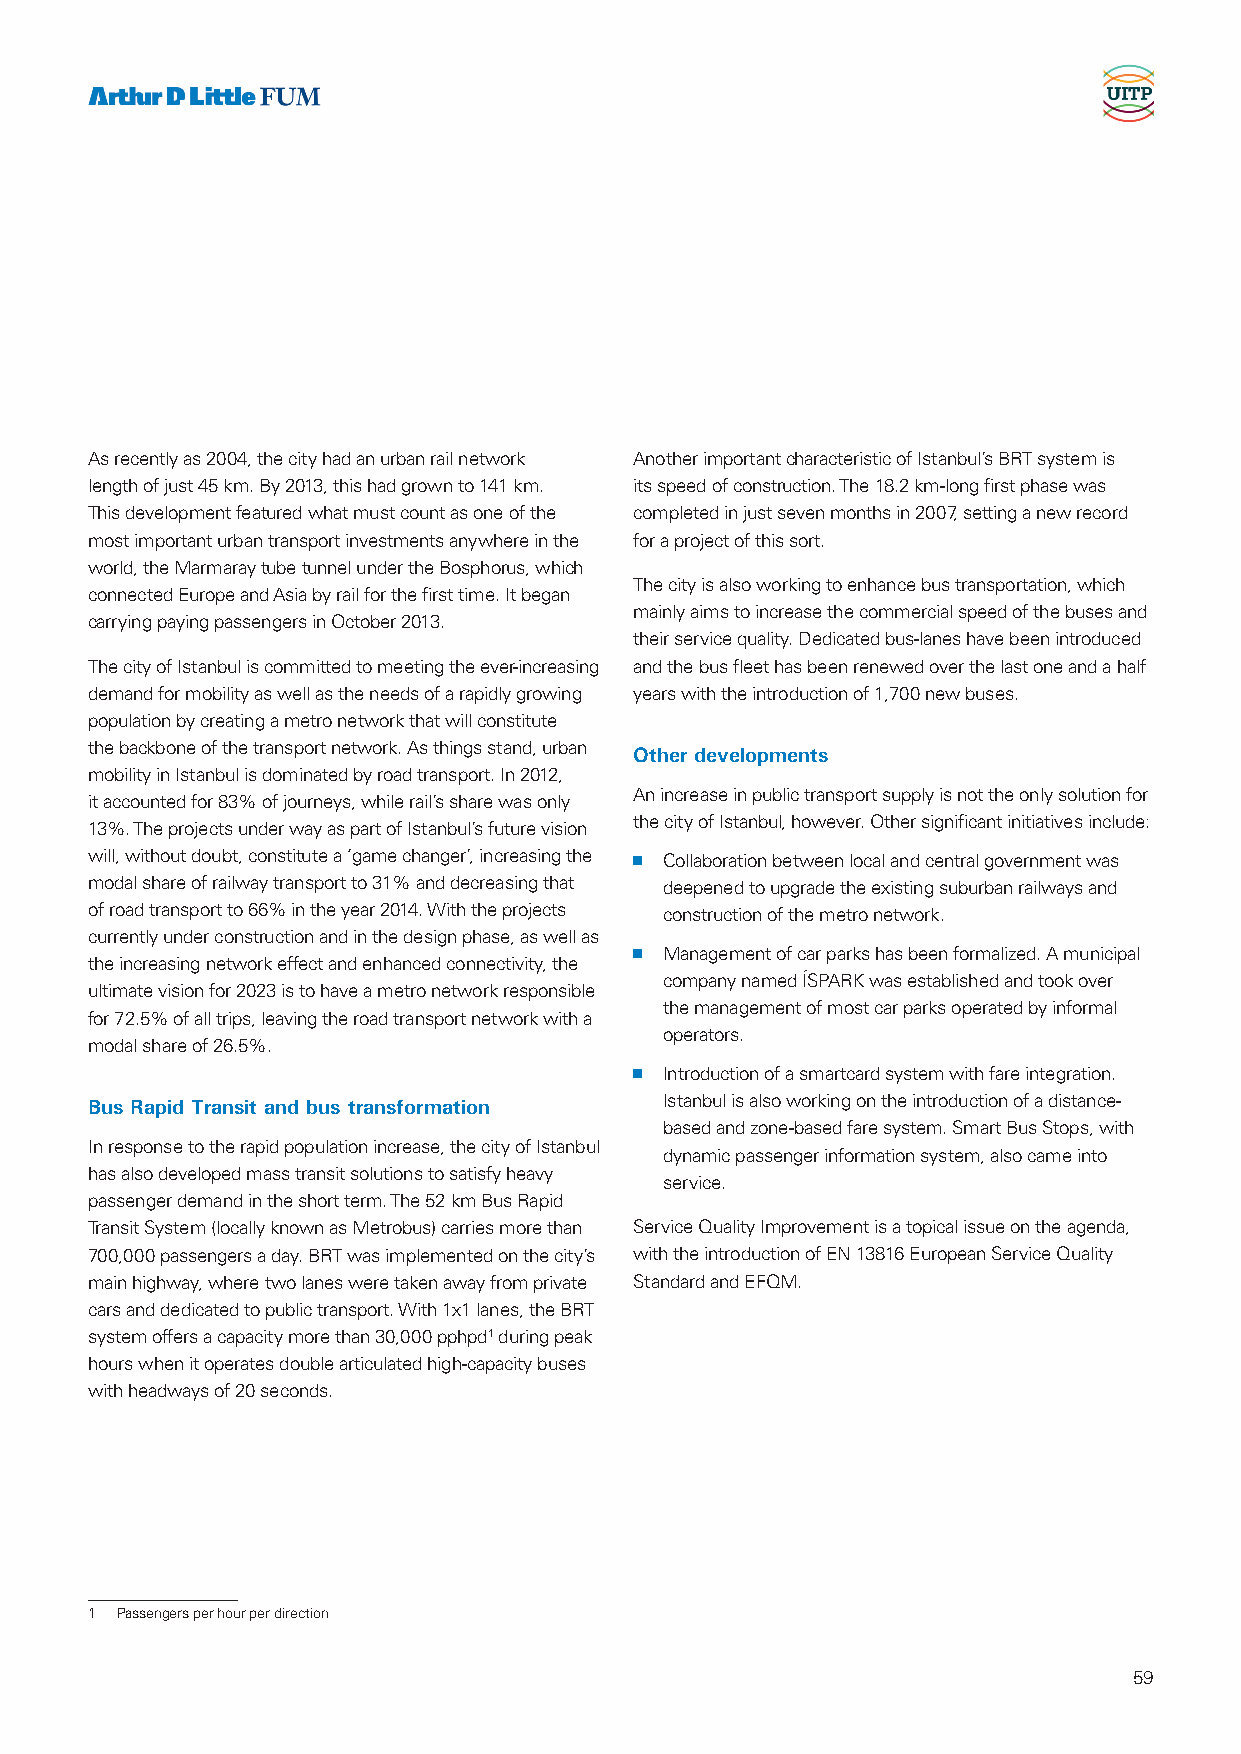
As recently as 2004, the city had an urban rail network Another important characteristic of Istanbul’s BRT system is
 length of just 45 km. By 2013, this had grown to 141 km. its speed of construction. The 18.2 km-long first phase was
 This development featured what must count as one of the completed in just seven months in 2007, setting a new record
 most important urban transport investments anywhere in the for a project of this sort.
 world, the Marmaray tube tunnel under the Bosphorus, which
 The city is also working to enhance bus transportation, which
 connected Europe and Asia by rail for the first time. It began
 mainly aims to increase the commercial speed of the buses and
 carrying paying passengers in October 2013.
 their service quality. Dedicated bus-lanes have been introduced
 The city of Istanbul is committed to meeting the ever-increasing and the bus fleet has been renewed over the last one and a half
 demand for mobility as well as the needs of a rapidly growing years with the introduction of 1,700 new buses.
 population by creating a metro network that will constitute
 the backbone of the transport network. As things stand, urban
 Other developments
 mobility in Istanbul is dominated by road transport. In 2012,
 An increase in public transport supply is not the only solution for
 it accounted for 83% of journeys, while rail’s share was only
 the city of Istanbul, however. Other significant initiatives include:
 13%. The projects under way as part of Istanbul’s future vision
 will, without doubt, constitute a ‘game changer’, increasing the n Collaboration between local and central government was
 modal share of railway transport to 31% and decreasing that deepened to upgrade the existing suburban railways and
 of road transport to 66% in the year 2014. With the projects construction of the metro network.
 currently under construction and in the design phase, as well as
 n Management of car parks has been formalized. A municipal
 the increasing network effect and enhanced connectivity, the
 company named ÍSPARK was established and took over
 ultimate vision for 2023 is to have a metro network responsible
 the management of most car parks operated by informal
 for 72.5% of all trips, leaving the road transport network with a
 operators.
 modal share of 26.5%.
 n Introduction of a smartcard system with fare integration.
 Bus Rapid Transit and bus transformation Istanbul is also working on the introduction of a distance-
 based and zone-based fare system. Smart Bus Stops, with
 In response to the rapid population increase, the city of Istanbul
 dynamic passenger information system, also came into
 has also developed mass transit solutions to satisfy heavy
 service.
 passenger demand in the short term. The 52 km Bus Rapid
 Transit System (locally known as Metrobus) carries more than Service Quality Improvement is a topical issue on the agenda,
 700,000 passengers a day. BRT was implemented on the city’s with the introduction of EN 13816 European Service Quality
 main highway, where two lanes were taken away from private Standard and EFQM.
 cars and dedicated to public transport. With 1x1 lanes, the BRT
 system offers a capacity more than 30,000 pphpd1 during peak
 hours when it operates double articulated high-capacity buses
 with headways of 20 seconds.
 1 Passengers per hour per direction
 59